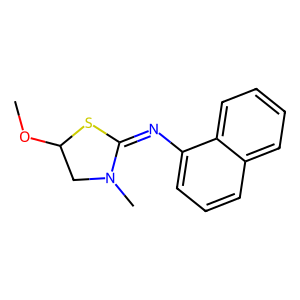
SMILES: COC1CN(C)C(=Nc2cccc3ccccc23)S1
Inhibits HIV replication: No